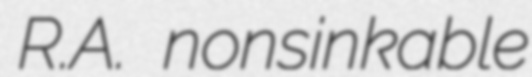
R.A. nonsinkable